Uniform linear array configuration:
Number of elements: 64
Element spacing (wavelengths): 1
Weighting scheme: hann
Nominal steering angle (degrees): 60
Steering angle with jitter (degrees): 59.78
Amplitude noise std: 0.05
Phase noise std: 0.05

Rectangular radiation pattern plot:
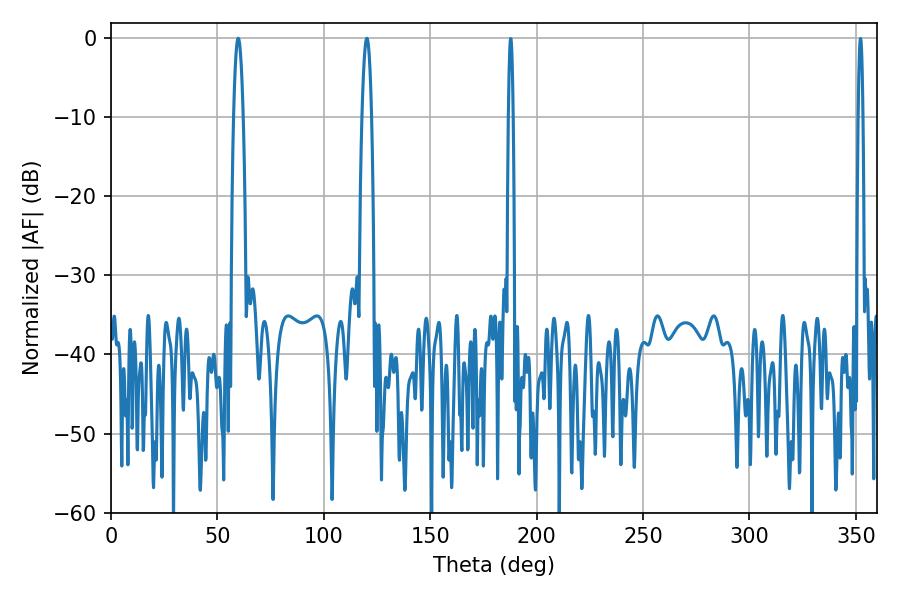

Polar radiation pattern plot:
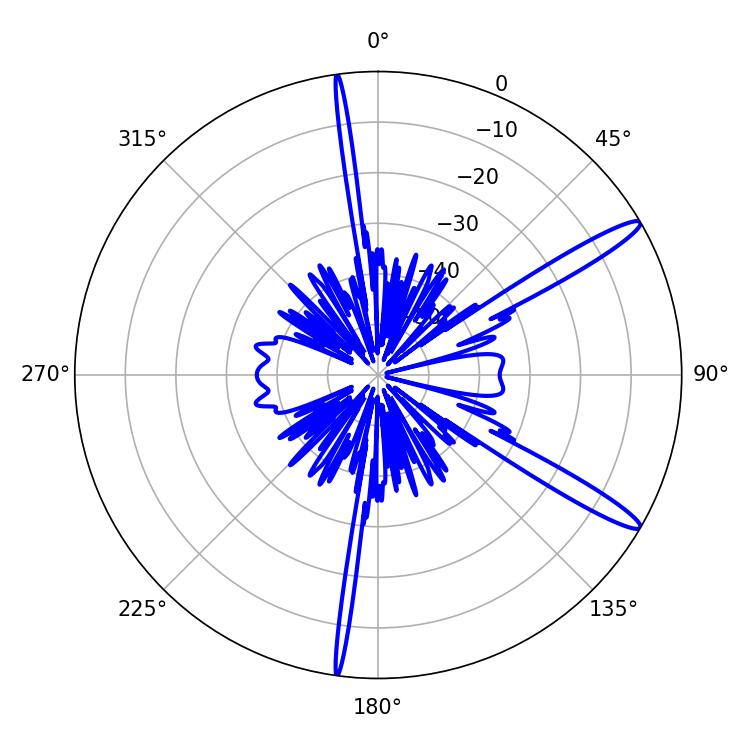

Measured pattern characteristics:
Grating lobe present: TRUE
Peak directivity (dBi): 14.238
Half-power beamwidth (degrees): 2.52
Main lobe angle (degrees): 120.24